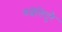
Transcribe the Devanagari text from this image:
वल्वेत्तितुरै